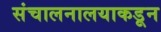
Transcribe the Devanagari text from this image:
संचालनालयाकडून